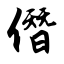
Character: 僭